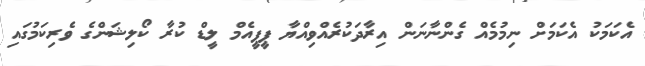
އެކަމަކު އެކަމަށް ނިމުމެއް ގެންނާނަން އިރާދަކުރެއްވިއްޔާ ޕީޕީއެމް ލީޑް ކުރާ ކޯލިޝަންގެ ވެރިކަމުގައި